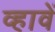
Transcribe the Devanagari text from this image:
व्हावें